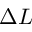
\Delta L